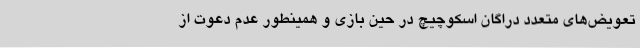
تعویض‌های متعدد دراگان اسکوچیچ در حین بازی و همینطور عدم دعوت از